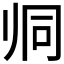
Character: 𱍯